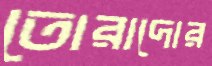
তোরাদোর